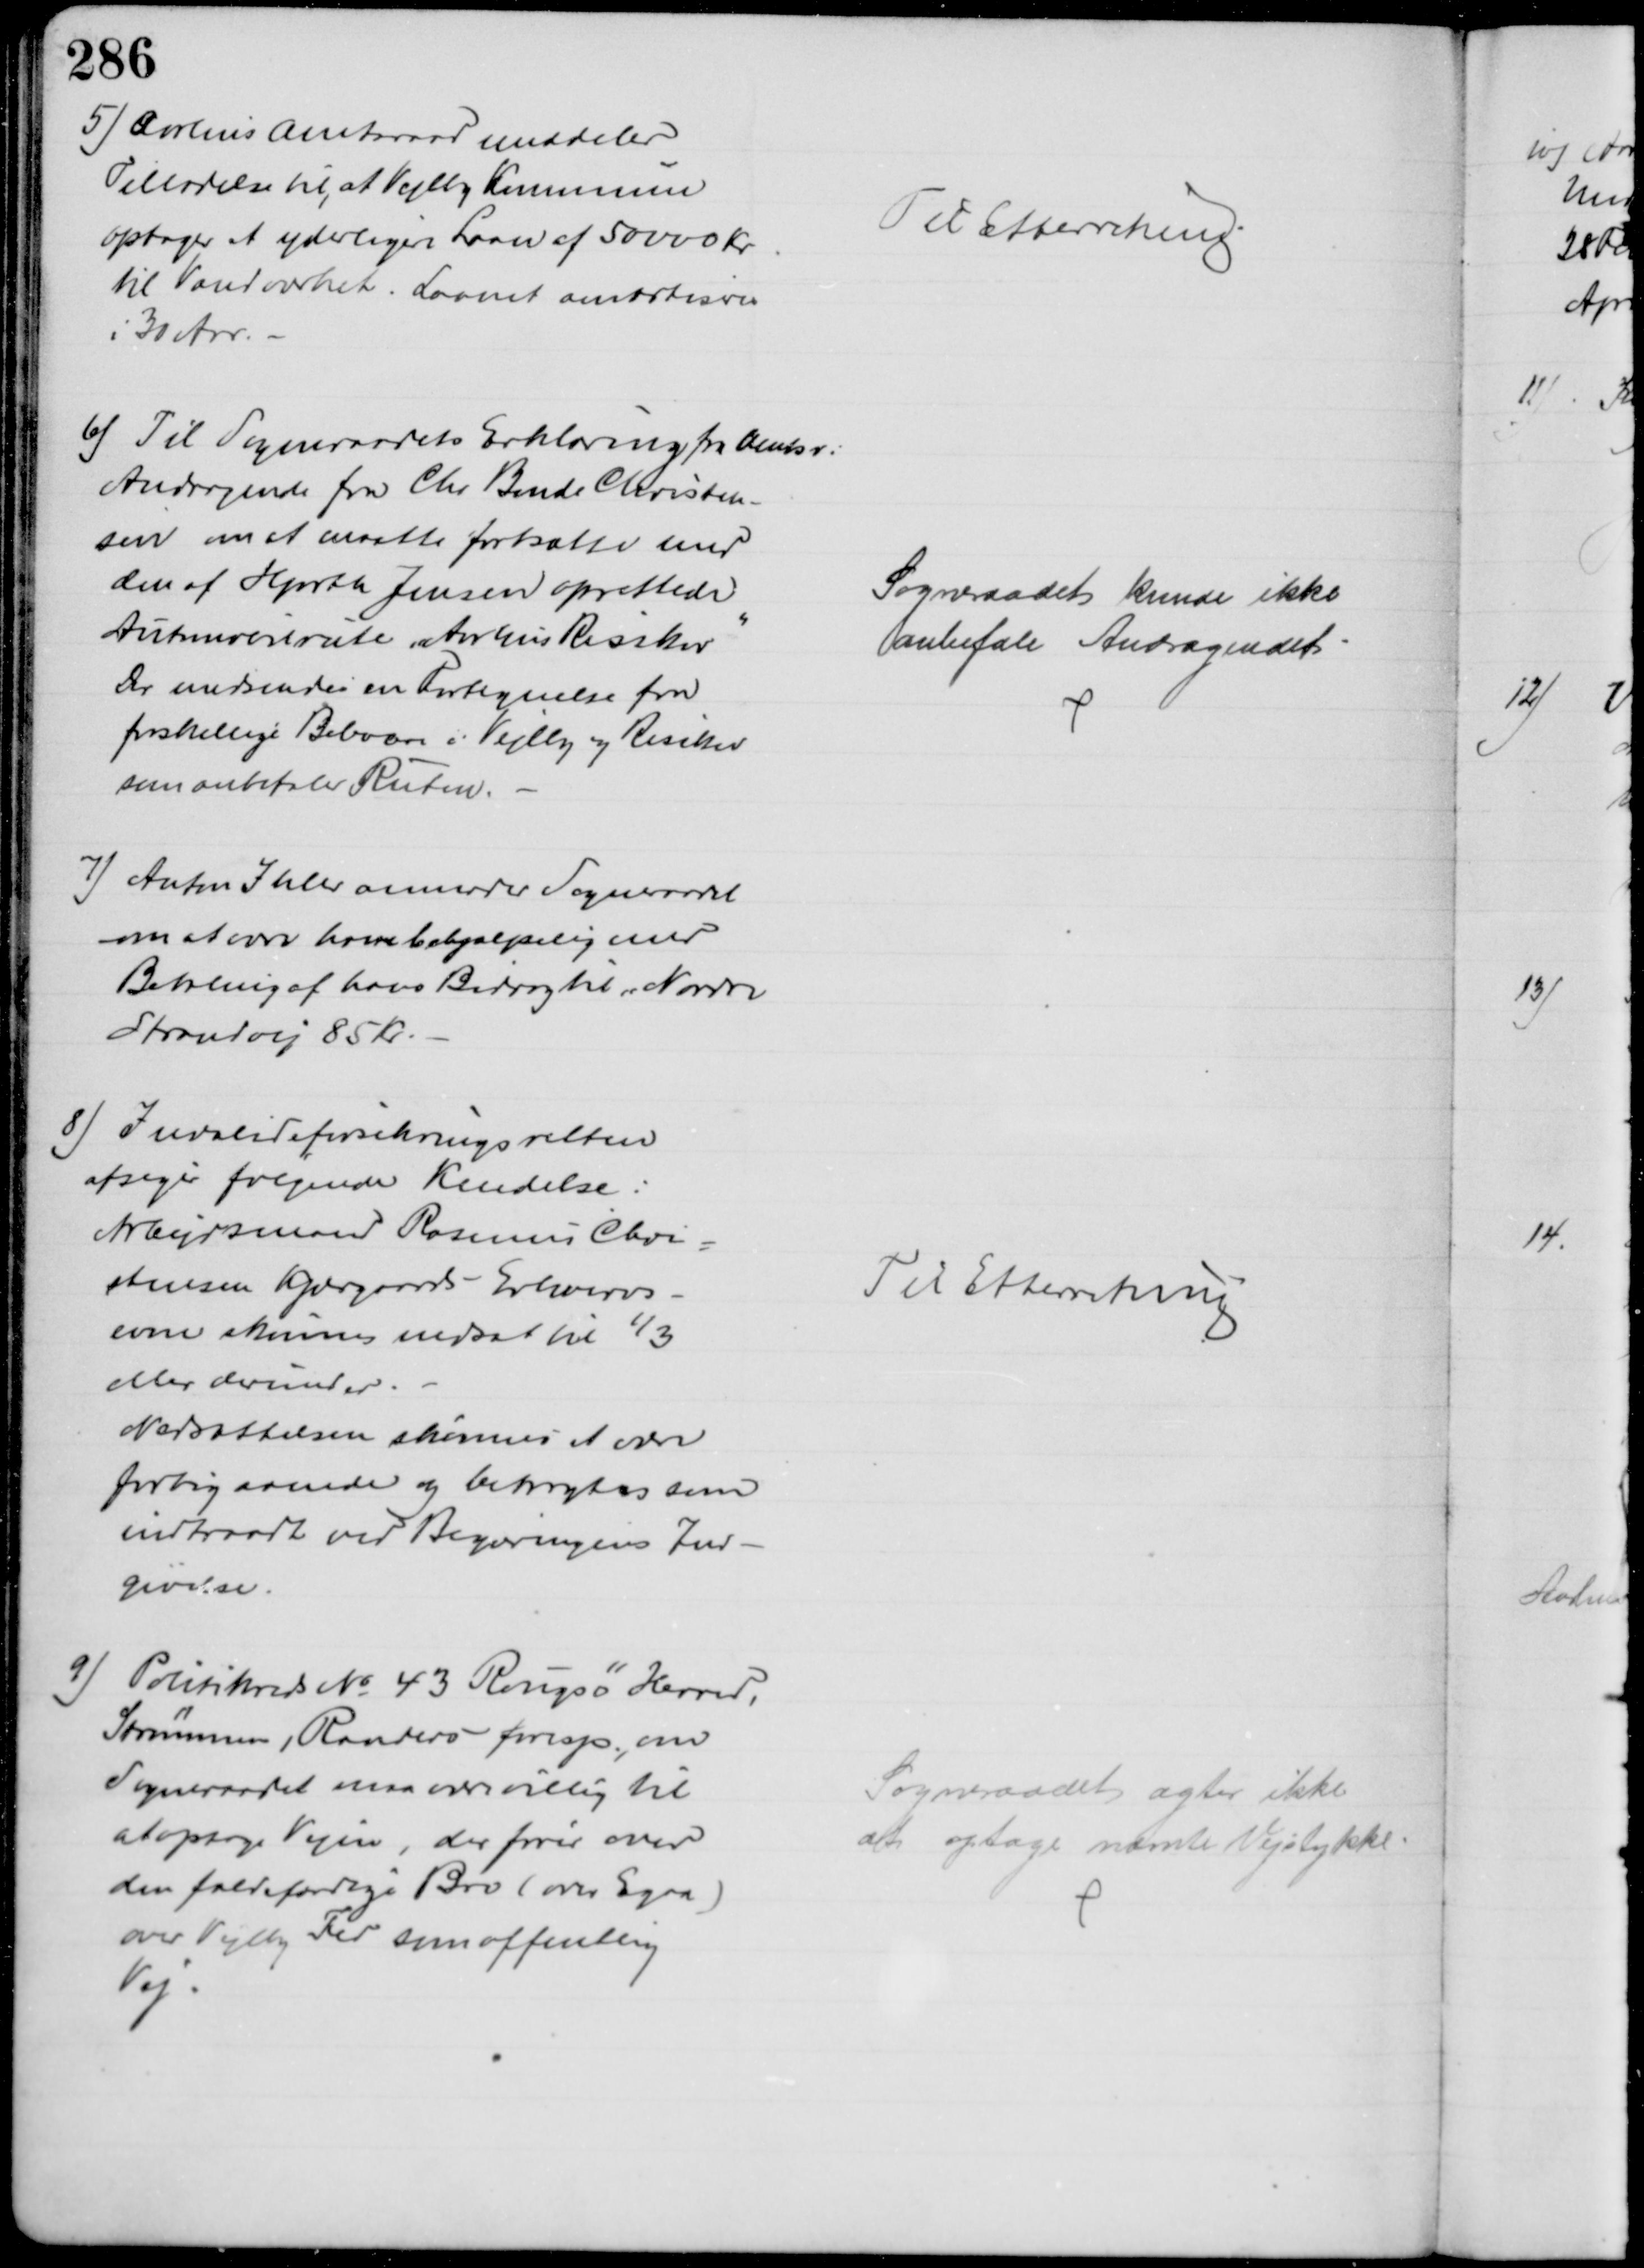
Transskription:
5) Aarhus Amtsraad meddeler
Tilladelse til, at Vejlby Kommune
optager et yderligere Laan af 50000 Kr
til Vandværket. Laanet amortiseres
i 30 Aar.
Til Efterretning
6) Til Sogneraadets Erklæring fra Amtsr.
Andragende fra Chr. Bende Christen-
sen om at maatte fortsætte med
den af Hjorth Jensen oprettede
Automobilrute "Aarhus Risskov"
Der medsendes en Fortegnelse fra
forskellige Beboere i Vejlby og Risskov
som anbefaler Ruten.
Sogneraadet kunde ikke
anbefale Andragendet
7) Anton Ihler anmoder Sogneraadet
om at være ham behjælpelig med
Betaling af hans Bidrag til "Nordre
Strandvej 85 Kr.
8) Invalideforsikringsretten
afsiger følgende Kendelse:
Arbejdsmand Rasmus Chri=
stensen Kjærgaards Erhvervs-
evne skønnes nedsat til ⅓
eller derunder.
Nedsættelsen skønnes at være
forbigaaende og betragtes som
indtraadt ved Begæringens Ind-
givelse.
Til Efterretning
9) 
Politikreds № 43 Rougsø Herred,
Strømmen, Randers foresp., om
Sogneraadet maa være villig til
at optage Vejen, der fører over
den faldefærdige Bro (over Egaa)
over Vejlby Fed som offentlig
Vej
Sogneraadet agter ikke
at optage nævnte Vejstykke